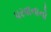
પરવાનાનો